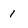
Character: 1